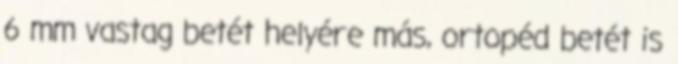
6 mm vastag betét helyére más, ortopéd betét is